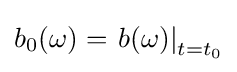
b_{0}(\omega )=\left.b(\omega )\right\vert _{t=t_{0}}